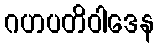
ဂဟပတိဝါဒေန